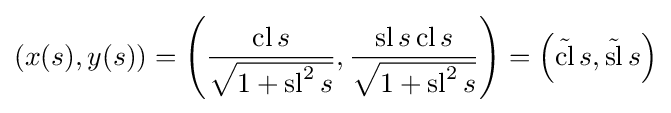
(x(s),y(s))=\left({\frac {\operatorname {cl} s}{\sqrt {1+\operatorname {sl} ^{2}s}}},{\frac {\operatorname {sl} s\operatorname {cl} s}{\sqrt {1+\operatorname {sl} ^{2}s}}}\right)=\left({\tilde {\operatorname {cl} }}\,s,{\tilde {\operatorname {sl} }}\,s\right)